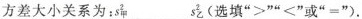
方差大小关系为：s_{甲}^{2}___S_{乙}^{2}(选填”>””<”或”=”).